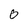
Character: O